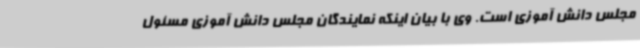
مجلس دانش آموزی است. وی با بیان اینکه نمایندگان مجلس دانش آموزی مسئول